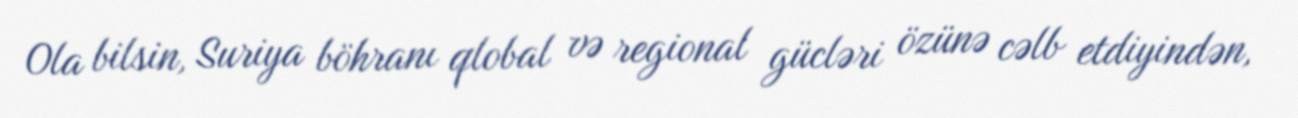
Ola bilsin, Suriya böhranı qlobal və regional gücləri özünə cəlb etdiyindən,